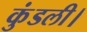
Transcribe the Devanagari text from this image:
कुंडली।